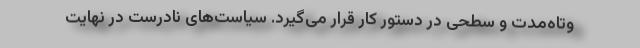
وتاه‌مدت و سطحی در دستور کار قرار می‌گیرد. سیاست‌های نادرست در نهایت